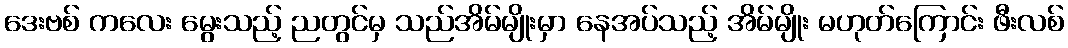
ဒေးဗစ် ကလေး မွေးသည့် ညတွင်မှ သည်အိမ်မျိုးမှာ နေအပ်သည့် အိမ်မျိုး မဟုတ်ကြောင်း ဖီးလစ်